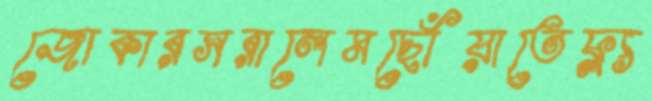
জোকারসরালেমছোঁয়াতেফ্ল্য